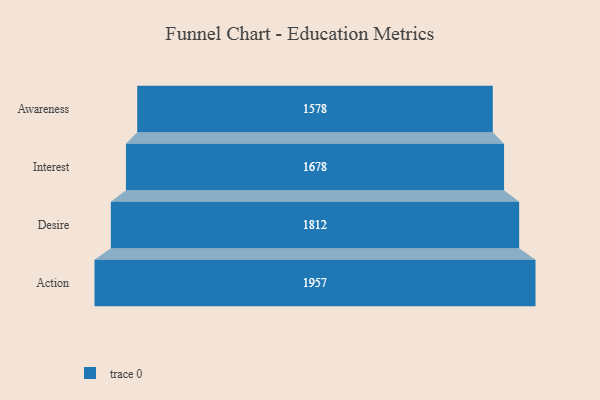
{"axis": {"x": "Stage", "y": "Value"}, "legend": [""], "data": [{"x": "Awareness", "y": 1578.0, "type": ""}, {"x": "Interest", "y": 1678.0, "type": ""}, {"x": "Desire", "y": 1812.0, "type": ""}, {"x": "Action", "y": 1957.0, "type": ""}]}